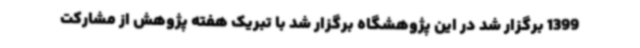
1399 برگزار شد در این پژوهشگاه برگزار شد با تبریک هفته پژوهش از مشارکت